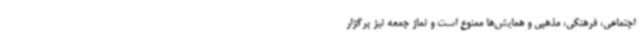
اجتماعی، فرهنگی، مذهبی و همایش‌ها ممنوع است و نماز جمعه نیز برگزار